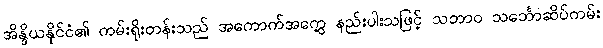
အိန္ဒိယနိုင်ငံ၏ ကမ်းရိုးတန်းသည် အကောက်အကွေ့ နည်းပါးသဖြင့် သဘာဝ သင်္ဘောဆိပ်ကမ်း